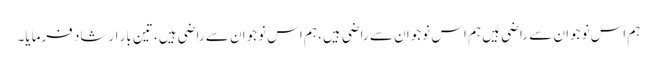
ہم اس نوجوان سے راضی ہیں ہم اس نوجوان سے راضی ہیں، ہم اس نوجوان سے راضی ہیں، تین بار ارشاد فرمایا۔